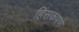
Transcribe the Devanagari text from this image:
हिंसकपणे